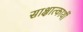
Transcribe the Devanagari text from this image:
साक्षात्कार्थी